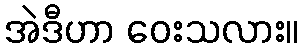
အဲဒီဟာ ဝေးသလား။